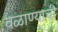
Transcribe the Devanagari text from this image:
वळाण्याची